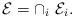
LaTeX: \begin{align*} \left. \begin{array}{l l}\mathcal{E}= \cap_i \ \mathcal{E}_i. \end{array} \right. \end{align*}